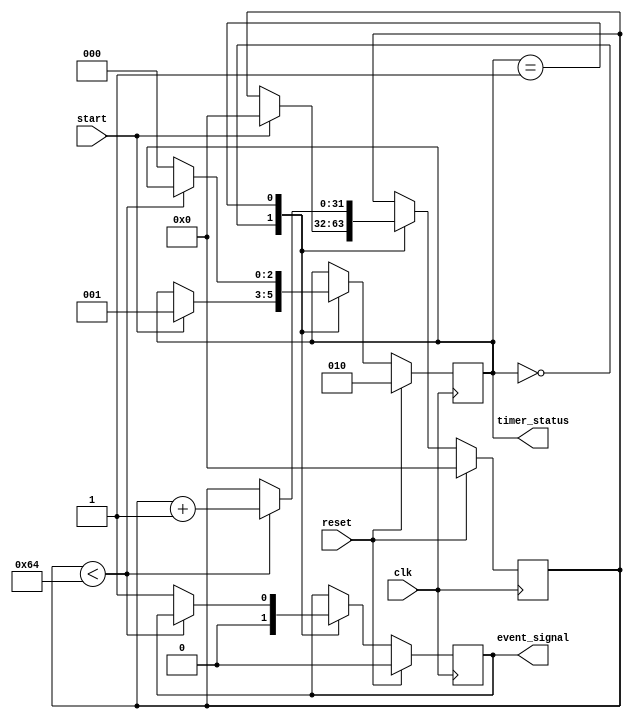
module timer_event_control #(
    parameter TIME_DURATION = 100  // Default time duration (in simulation time units)
)(
    input wire clk,                // Clock signal
    input wire start,              // Start signal to begin counting
    input wire reset,              // Reset signal to reset timer
    output reg event_signal,       // Event signal indicating the timer has completed
    output reg [2:0] timer_status   // Timer status: 0 - stopped, 1 - running, 2 - reset
);

    reg [31:0] timer_count;        // Timer count (32-bit for larger duration)

    // State machine for timer status
    parameter STOPPED = 3'b000,
              RUNNING = 3'b001,
              RESET = 3'b010;

    always @(posedge clk) begin
        if (reset) begin
            // On reset, clear timer count and event signal
            timer_count <= 0;
            event_signal <= 1'b0;
            timer_status <= RESET;
        end else begin
            case (timer_status)
                STOPPED: begin
                    event_signal <= 1'b0;  // De-assert event signal
                    if (start) begin
                        timer_count <= 0;  // Initialize timer count
                        timer_status <= RUNNING;
                    end
                end
                RUNNING: begin
                    if (timer_count < TIME_DURATION) begin
                        timer_count <= timer_count + 1; // Increment timer count
                    end else begin
                        event_signal <= 1'b1;    // Assert event signal
                        timer_status <= STOPPED; // Go back to stopped state
                    end
                end
                RESET: begin
                    // Already handled in the reset block above
                end
            endcase
        end
    end

    initial begin
        timer_count = 0;
        event_signal = 1'b0;
        timer_status = STOPPED;       // Initialize timer to stopped state
    end

endmodule